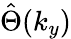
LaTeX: \hat{\Theta}(k_{y})